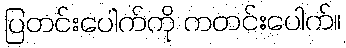
ပြတင်းပေါက်ကို ကတင်းပေါက်။